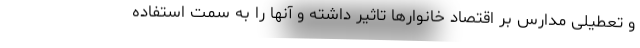
و تعطیلی مدارس بر اقتصاد خانوارها تاثیر داشته و آنها را به سمت استفاده